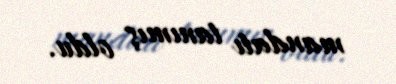
mandatı tanımış oldu.